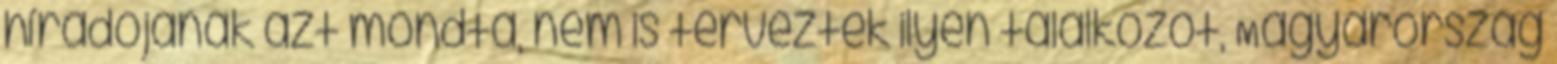
híradójának azt mondta, nem is terveztek ilyen találkozót, Magyarország